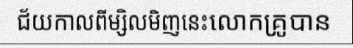
ជ័យកាលពីម្សិលមិញនេះលោកគ្រូបាន